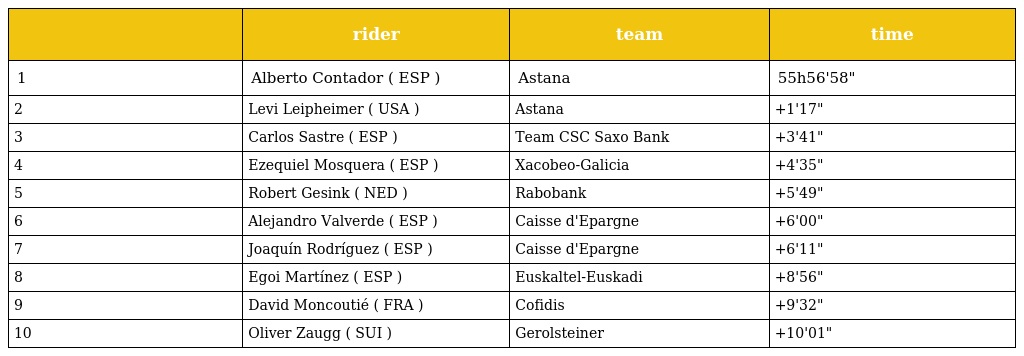
|  | rider | team | time |
 | --- | --- | --- | --- |
 | 1 | Alberto Contador ( ESP ) | Astana | 55h56'58" |
 | 2 | Levi Leipheimer ( USA ) | Astana | +1'17" |
 | 3 | Carlos Sastre ( ESP ) | Team CSC Saxo Bank | +3'41" |
 | 4 | Ezequiel Mosquera ( ESP ) | Xacobeo-Galicia | +4'35" |
 | 5 | Robert Gesink ( NED ) | Rabobank | +5'49" |
 | 6 | Alejandro Valverde ( ESP ) | Caisse d'Epargne | +6'00" |
 | 7 | Joaquín Rodríguez ( ESP ) | Caisse d'Epargne | +6'11" |
 | 8 | Egoi Martínez ( ESP ) | Euskaltel-Euskadi | +8'56" |
 | 9 | David Moncoutié ( FRA ) | Cofidis | +9'32" |
 | 10 | Oliver Zaugg ( SUI ) | Gerolsteiner | +10'01" |